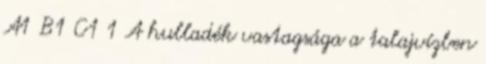
A1 B1 C1 1 A hulladék vastagsága a talajvízben